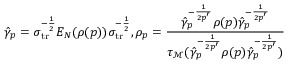
\hat { \gamma } _ { p } = \sigma _ { { \mathrm { t r } } } ^ { - \frac { 1 } { 2 } } E _ { N } ( \rho ( p ) ) \sigma _ { { \mathrm { t r } } } ^ { - \frac { 1 } { 2 } } , \rho _ { p } = \frac { \hat { \gamma } _ { p } ^ { - \frac { 1 } { 2 p ^ { \prime } } } \rho ( p ) \hat { \gamma } _ { p } ^ { - \frac { 1 } { 2 p ^ { \prime } } } } { \tau _ { \mathcal M } ( \hat { \gamma } _ { p } ^ { - \frac { 1 } { 2 p ^ { \prime } } } \rho ( p ) \hat { \gamma } _ { p } ^ { - \frac { 1 } { 2 p ^ { \prime } } } ) }